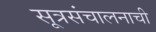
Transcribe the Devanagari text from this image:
सूत्रसंचालनाची